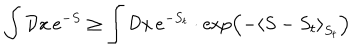
LaTeX: \int { \cal D } x \, e ^ { - S } \geq \int { \cal D } x \, e ^ { - S _ { t } } \cdot \exp \Bigl ( - \left< S - S _ { t } \right> _ { S _ { t } } \Bigr )